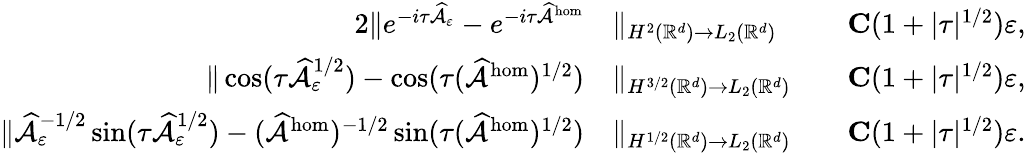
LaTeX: \begin{array}{rlrl}{{2}\| e^{-i\tau\widehat{\mathcal{A}}_{\varepsilon}}-e^{-i\tau\widehat{\mathcal{A}}^{\mathrm{hom}}}}&{\| _{H^{2}(\mathbb{R}^{d})\to L_{2}(\mathbb{R}^{d})}}&&{\le C(1+|\tau|^{1/2})\varepsilon,}\\ {\| \cos(\tau\widehat{\mathcal{A}}_{\varepsilon}^{1/2})-\cos(\tau(\widehat{\mathcal{A}}^{\mathrm{hom}})^{1/2})}&{\| _{H^{3/2}(\mathbb{R}^{d})\to L_{2}(\mathbb{R}^{d})}}&&{\le C(1+|\tau|^{1/2})\varepsilon,}\\ {\| \widehat{\mathcal{A}}_{\varepsilon}^{-1/2}\sin(\tau\widehat{\mathcal{A}}_{\varepsilon}^{1/2})-(\widehat{\mathcal{A}}^{\mathrm{hom}})^{-1/2}\sin(\tau(\widehat{\mathcal{A}}^{\mathrm{hom}})^{1/2})}&{\| _{H^{1/2}(\mathbb{R}^{d})\to L_{2}(\mathbb{R}^{d})}}&&{\le C(1+|\tau|^{1/2})\varepsilon.}\end{array}